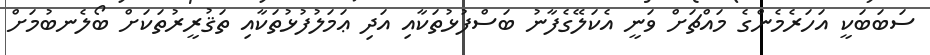
ސަބަބަކީ އަހަރެމެންގެ މައްޗަށް ވަނީ އެކަލޭގެފާނު ބަސްފުޅުތަކާއި އަދި ޢަމަލުފުޅުތަކާއި ތަޤުރީރުތަކަށް ބޯލެނބުމަށް